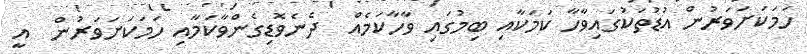
ހަމަކަށަވަރުން އުޑުތަކުގައިވާހާ ކަމަކާއި ބިމުގައި ވާހާކަމެއް  ދެނެވޮޑިގެންވާކަމާއި ހަމަކަށަވަރުން  އީ